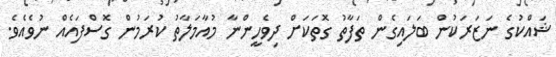
ޝައްކުގެ ނަޒަރަކުން ބަލައިގެން ތަފާތު ގޮތަކަށް ދިވެހީންނާ މުއާމަލާތު ކުރަމުން ގޮސްފައެއް ނުވެއެވެ.